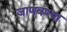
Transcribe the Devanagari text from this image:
जाणवण्या